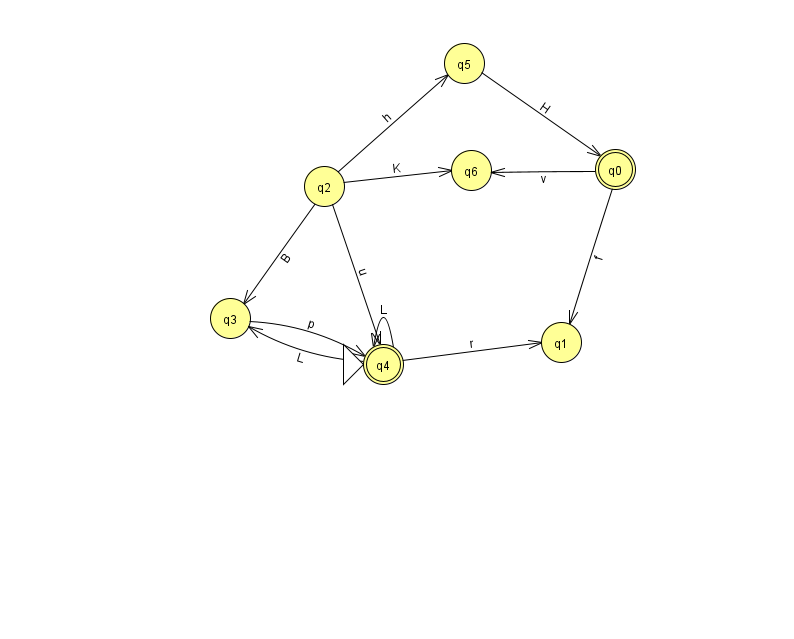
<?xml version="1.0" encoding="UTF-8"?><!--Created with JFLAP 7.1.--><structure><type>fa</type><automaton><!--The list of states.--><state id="0" name="q0"><x>615.0</x><y>156.0</y><final/></state><state id="1" name="q1"><x>561.0</x><y>329.0</y></state><state id="2" name="q2"><x>324.0</x><y>173.0</y></state><state id="3" name="q3"><x>230.0</x><y>305.0</y></state><state id="4" name="q4"><x>383.0</x><y>351.0</y><initial/><final/></state><state id="5" name="q5"><x>464.0</x><y>50.0</y></state><state id="6" name="q6"><x>471.0</x><y>157.0</y></state><!--The list of transitions.--><transition><from>2</from><to>3</to><read>B</read></transition><transition><from>4</from><to>1</to><read>r</read></transition><transition><from>4</from><to>3</to><read>L</read></transition><transition><from>0</from><to>1</to><read>f</read></transition><transition><from>0</from><to>6</to><read>v</read></transition><transition><from>2</from><to>5</to><read>h</read></transition><transition><from>2</from><to>6</to><read>K</read></transition><transition><from>2</from><to>4</to><read>u</read></transition><transition><from>3</from><to>4</to><read>p</read></transition><transition><from>4</from><to>4</to><read>L</read></transition><transition><from>5</from><to>0</to><read>H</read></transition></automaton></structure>